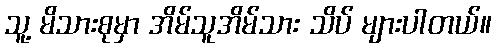
သူ့ မိသားစုမှာ အိမ်သူအိမ်သား သိပ် များပါတယ်။